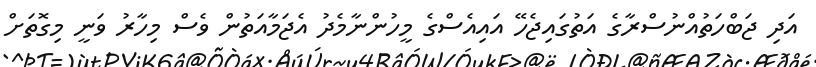
އަދި ޖަބްހަތުއްނުސްރާގެ އަތުގައިޖެހޭ އައިއެސްގެ މީހުންނާމެދު އެޖަމާއަތުން ވެސް މިހާރު ވަނީ މިގޮތަށް